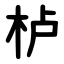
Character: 栌